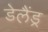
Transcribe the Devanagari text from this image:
डेलैंड्र